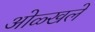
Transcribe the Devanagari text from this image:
ओळ्खले